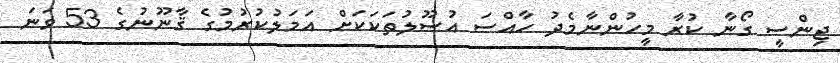
ޖިންސީ ގޯނާ ކުރާ މީހުންނާމެދު ހާއްސަ އުސޫލުތަކަކަށް އަމަލުކުރުމުގެ ޤާނޫނުގެ 53 ވަނަ